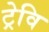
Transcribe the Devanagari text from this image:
ट्रेवि